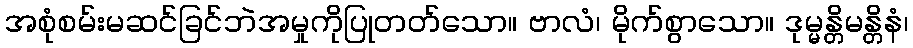
အစုံစမ်းမဆင်ခြင်ဘဲအမှုကိုပြုတတ်သော။ ဗာလံ၊ မိုက်စွာသော။ ဒုမ္မန္တိမန္တိနံ၊